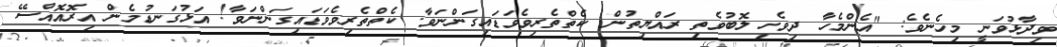
ވިދާޅުވަނީ މިހެނެވެ: "އެންމެހާ ދިވެހި ލޮބުވެތި ރައްޔިތުން. ކެތްތެރިވެވަޑައިގަންނަވާ. ކެތްތެރިވެވަޑައިގަންނަވާ! އަޅުގަނޑުމެން އިރޮއޮއްސޭ